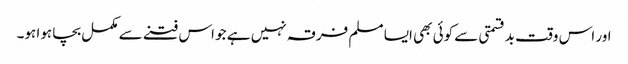
اور اس وقت بدقسمتی سے کوئی بھی ایسا مسلم فرقہ نہیں ہے جو اس فتنے سے مکمل بچا ہوا ہو۔